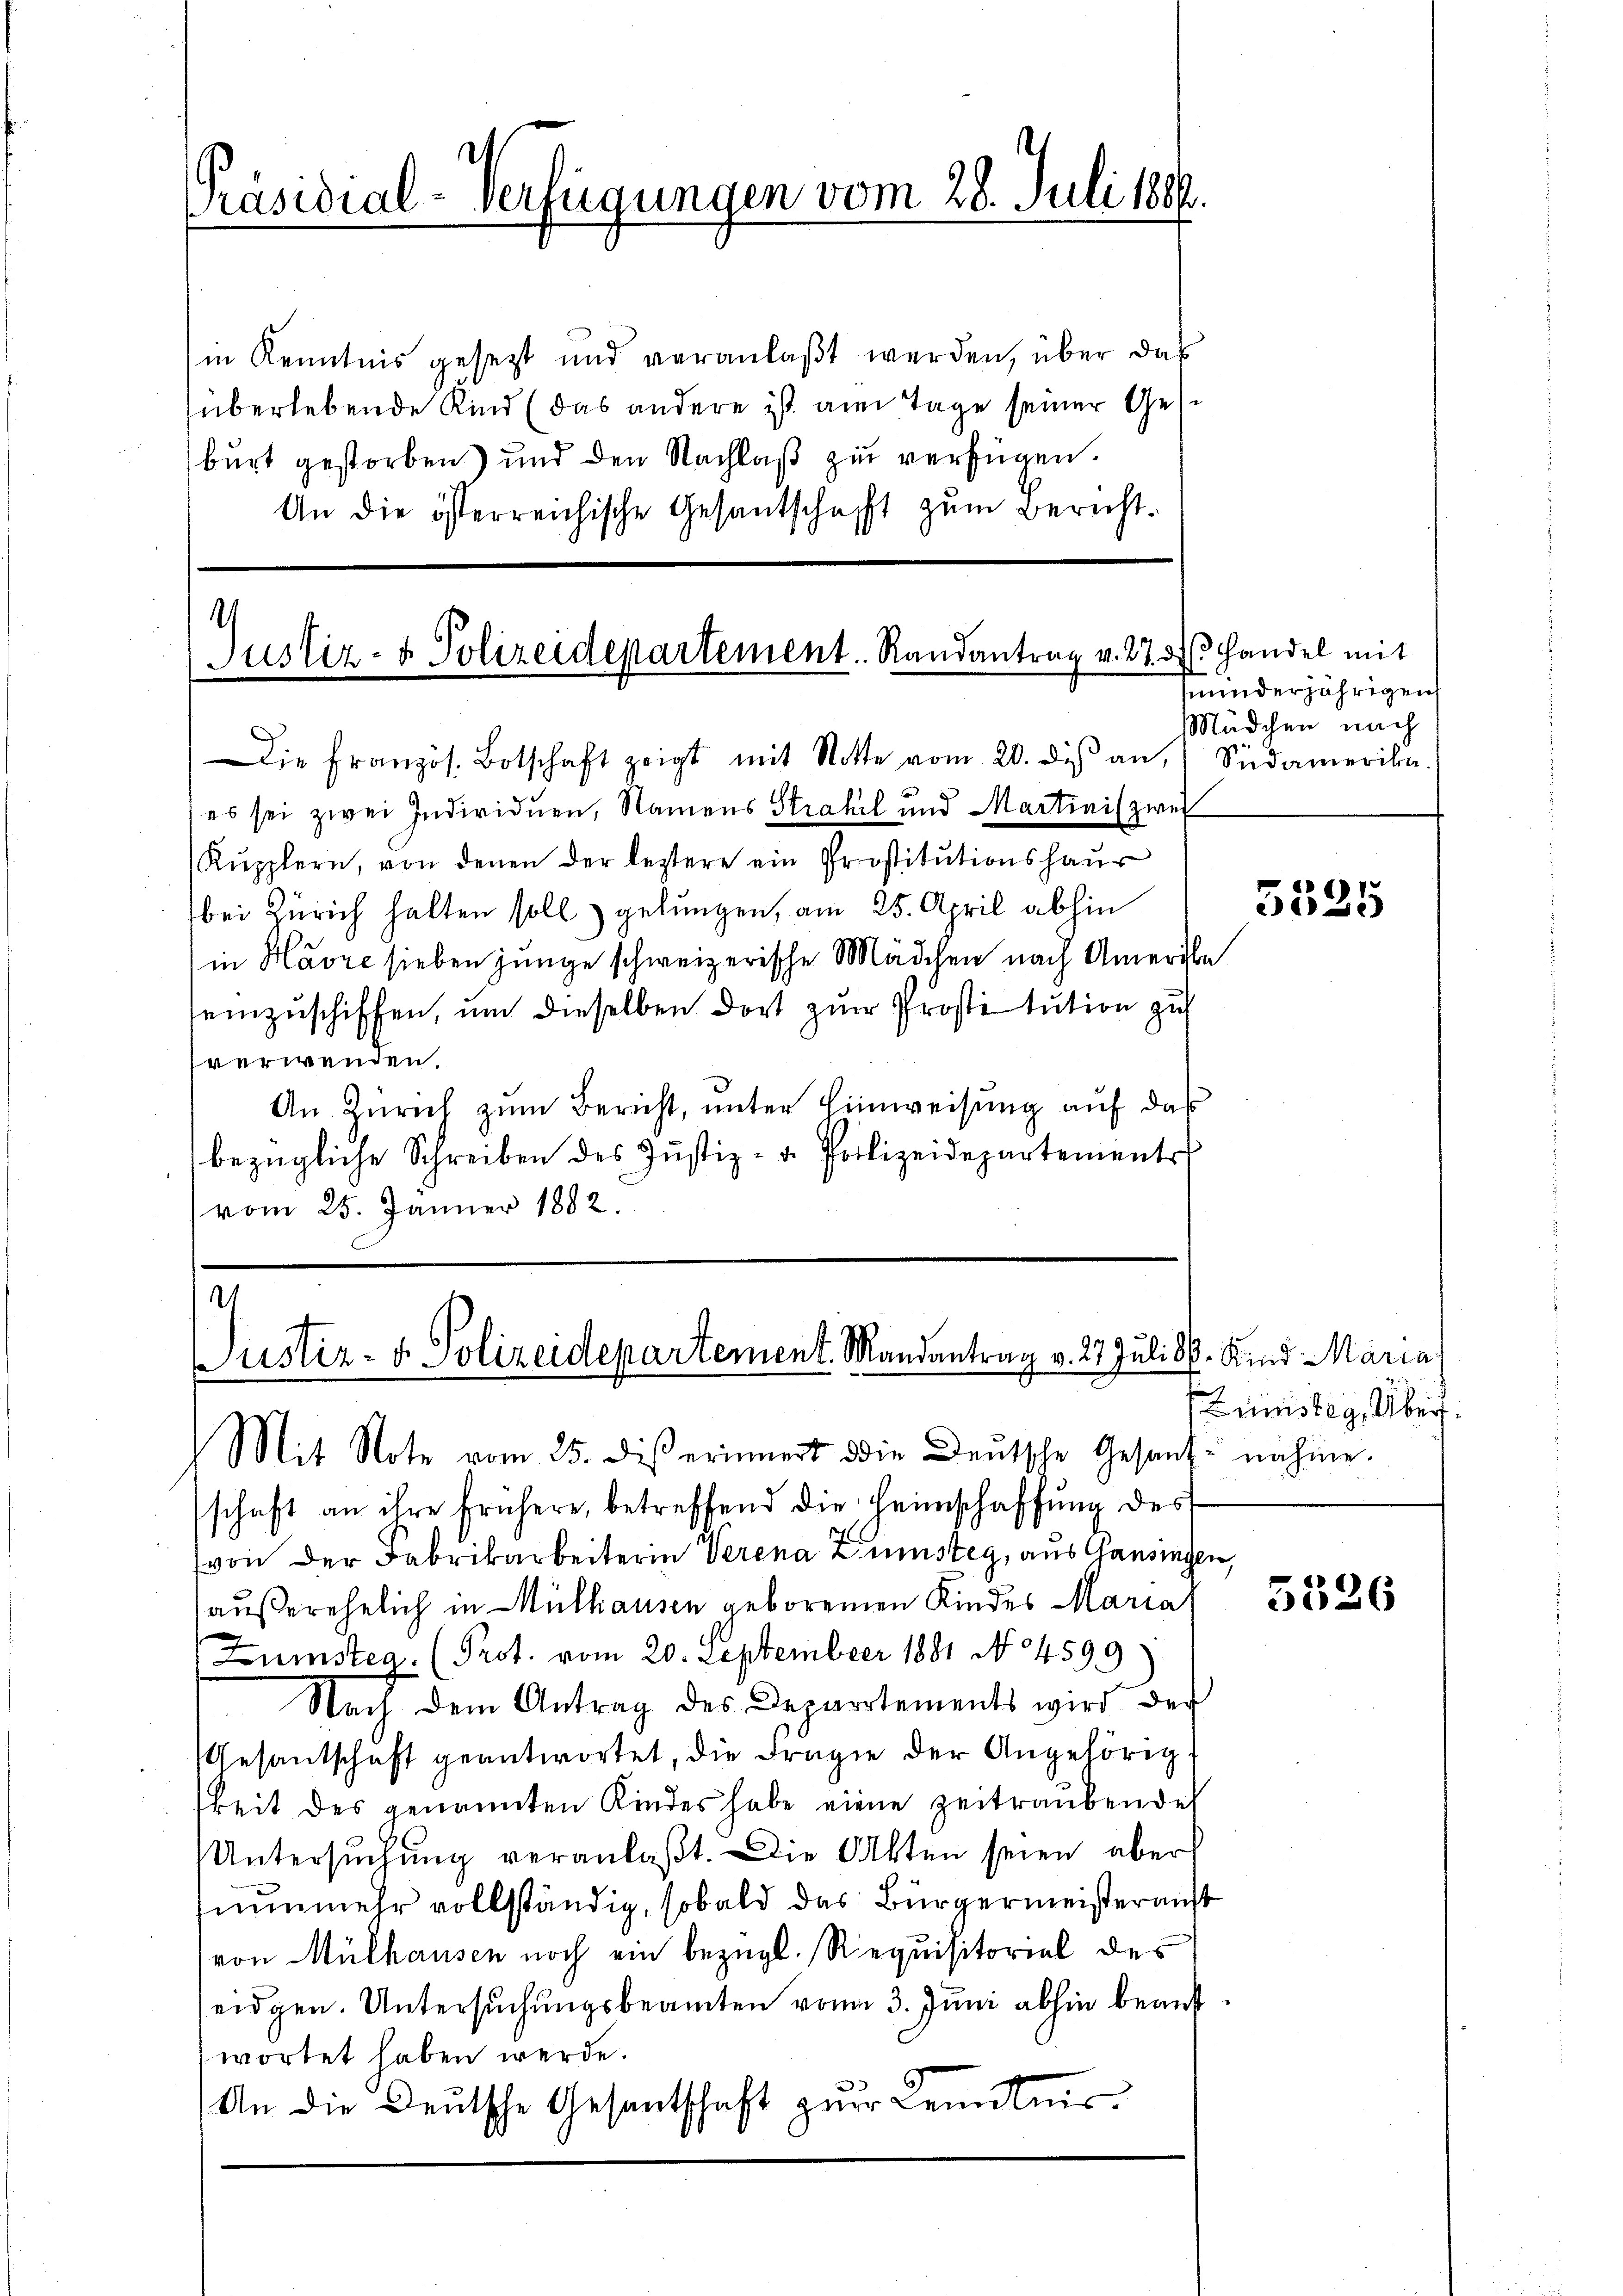
Präsidial-Verfügungen vom 28. Juli 18

in Kenntnis gesetzt und veranlaßt werden, über das
überlebende Kind (das andere ist am Tage seiner Gese
burt gestorben) und den Nachlaß zu verfügen.
An die österreichische Gesantschaft zum Bericht.

.
Justiz- & Polizeidepartement. Randantrag v. 27. d. Handel mit

Die Französ. Botschaft zeigt mit Notte vom 20. di an, Südamerika.
es sei zwei Individuen, Namens Strahil und Martinis zwei
Rupplern, von denen der leztere ein Prostitutionshaus
bei Zürich halten soll gelungen, am 25. April abhin
in Havre sieben junge schweizerische Mädchen nach Amerbe
einzuschiffen, um dieselben dort zur Prostitution zu
verwenden.
An Zürich zŭm Bericht, ŭnter Hinweisŭng aŭf das
bezügliche Schreiben des Justiz- u. Polizeidepartements
vom 25. Jänner 1882.

t
ustiz- & Polizeidepartement. Mandantrag v. 27 Juli 30. Kind Maria
Mit Note vom 25. diβ erinnert die Deutsche Gesand- nahme.

schaft an ihre frühere, betreffend die Heimschaffung des
von der Fabrikarbeiterin Verena Kunsteg, aus Gansingen,
außerehelich in Mülhausen geborenen Kindes Maria
Zumstea. (Prot. vom 20. September 1881 No 4599:
Nach dem Antrag des Departements wird der
Gesantschaft geantwortet, die Frage der Angehörig
keit des genannten Kindes habe eine zeitraubendes
Untersuchung veranlaßt. Die Akten seien aber
nunmehr vollständig, sobald das Bürgermeister auft
von Mülhausen noch ein bezügl. Requisitorial des
seidgen. Untersuchungsbeamten von 3. Juni abhin beauf
wortet haben werde.
An die Deutsche Gesandtschaft zur Kenntnis

minderjährigen
Mädchen nach

3525

uinisteg, Überg.

5526